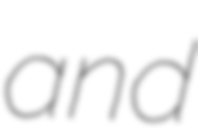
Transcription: and